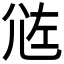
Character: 𡯛